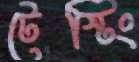
টেস্টিং